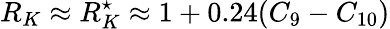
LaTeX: R_{K}\approx R_{K}^{\star}\approx 1+0.24(C_{9}-C_{10})